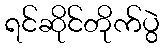
ရင်ဆိုင်တိုက်ပွဲ